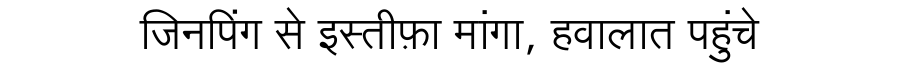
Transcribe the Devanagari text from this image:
जिनपिंग से इस्तीफ़ा मांगा, हवालात पहुंचे